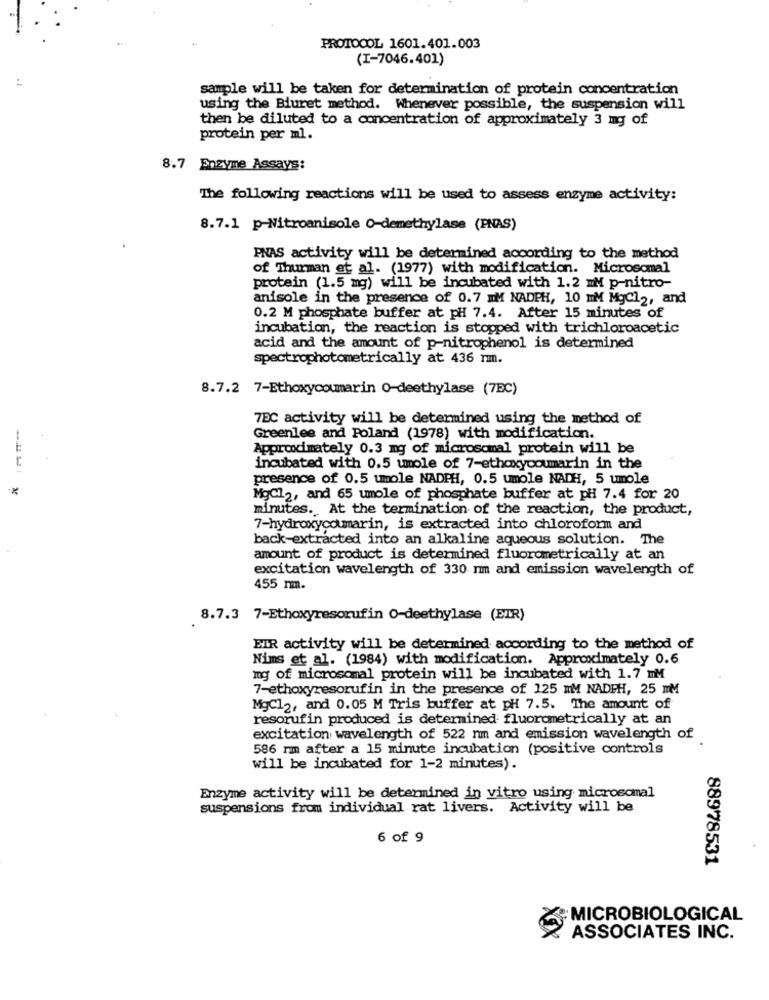
PROTOCOL 1601.401.003
(I-7046.401)
sample will be taken for determination of protein concentration
using the Biuret method. Whenever possible, the suspension will
then be diluted to a concentration of approximately 3 mg of
protein per ml.
8.7 Enzyme Assays:
The following reactions will be used to assess enzyme activity:
8.7.1 p-Nitroanisole O-demethylase (PNAS)
PNAS activity will be determined according to the method
of Thurman et al. (1977) with modification. Microsomal
protein (1.5 mg) will be incubated with 1.2 mM p-nitro-
anisole in the presence of 0.7 MM NADPH, 10 mM MgCl2, and
0.2 M phosphate buffer at pH 7.4. After 15 minutes of
incubation, the reaction is stopped with trichloroacetic
acid and the amount of p-nitrophenol is determined
spectrophotometrically at 436 rmm.
8.7.2 7-Ethoxycoumarin O-deethylase (7EC)
7EC activity will be determined using the method of
Greenlee and Poland (1978) with modification.
Approximately 0.3 mg of microsomal protein will be
incubated with 0.5 umole of 7-ethoxycoumarin in the
presence of 0.5 umole NADPH, 0.5 umole NADH, 5 umole
-x
MgCl2, and 65 umole of phosphate buffer at pH 7.4 for 20
minutes. At the termination of the reaction, the product,
7-hydroxycoumarin, is extracted into chloroform and
back-extracted into an alkaline aqueous solution. The
amount of product is determined fluorometrically at an
excitation wavelength of 330 mm and emission wavelength of
455 nm.
8.7.3 7-Ethoxyresorufin O-deethylase (EUR)
EIR activity will be determined according to the method of
Nims et al. (1984) with modification. Approximately 0.6
mg of microsomal protein will be incubated with 1.7 mM
7-ethoxyresorufin in the presence of 125 mM NADPH, 25 MM
MgCl2, and 0.05 M Tris buffer at pH 7.5. The amount of
resorufin produced is determined fluorometrically at an
excitation wavelength of 522 nm and emission wavelength of
586 rm after a 15 minute incubation (positive controls
will be incubated for 1-2 minutes).
Enzyme activity will be determined in vitro using microsomal
suspensions from individual rat livers. Activity will be
6 of 9
88978531
: MICROBIOLOGICAL
ASSOCIATES INC.